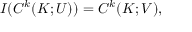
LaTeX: I ( C ^ { k } ( K ; U ) ) = C ^ { k } ( K ; V ) ,